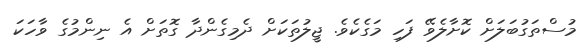
މުސްތަގުބަލަށް ކޮށާލެވޭ ފަހި މަގެކެވެ. ޖީލުތަކަށް ދެމިގެންދާ ގޮތަށް އެ ނިންމުގެ ވާހަކަ